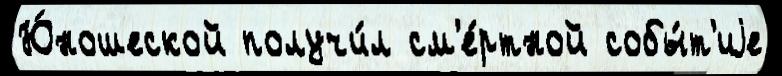
Ю́ношеской получи́л см'е́ртной собы́т'иjе